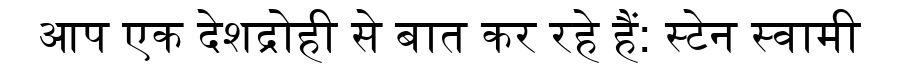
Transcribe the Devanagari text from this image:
आप एक देशद्रोही से बात कर रहे हैं: स्टेन स्वामी